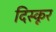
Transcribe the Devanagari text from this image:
दिस्कूर